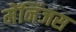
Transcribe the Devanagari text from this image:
मेंनिंजस